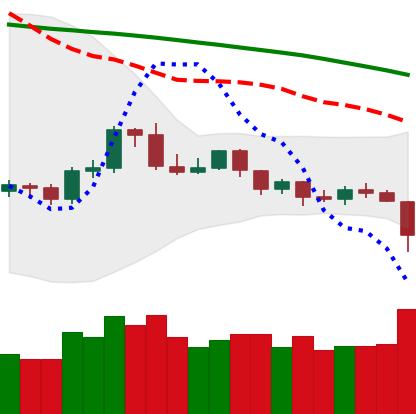
Ticker: ETH-USD
Chart end date: 2019-10-23
Forward return: 12.475%
Label: up_7plus